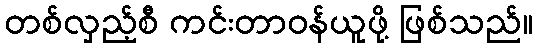
တစ်လှည့်စီ ကင်းတာဝန်ယူဖို့ ဖြစ်သည်။